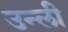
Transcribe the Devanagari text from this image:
उन्ली